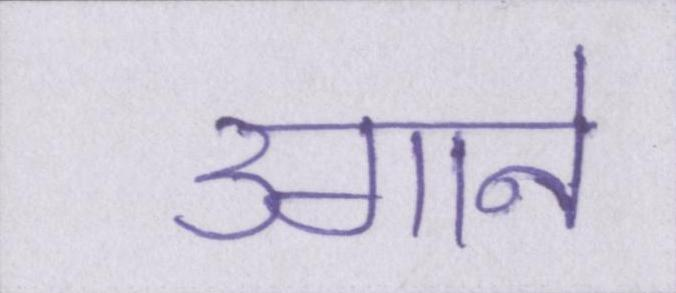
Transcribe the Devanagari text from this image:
उगाने